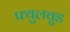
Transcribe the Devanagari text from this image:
फ्युलवुड